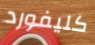
كليفورد